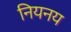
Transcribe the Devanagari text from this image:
नियनय